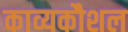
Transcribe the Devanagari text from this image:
काव्यकौशल